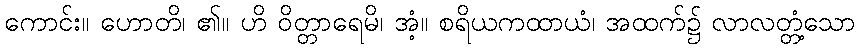
ကောင်း။ ဟောတိ၊ ၏။ ဟိ ဝိတ္တာရေမိ၊ အံ့။ စရိယကထာယံ၊ အထက်၌ လာလတ္တံ့သော